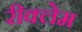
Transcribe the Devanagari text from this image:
रीक्लेम